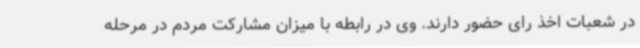
در شعبات اخذ رای حضور دارند. وی در رابطه با میزان مشارکت مردم در مرحله